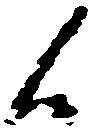
候